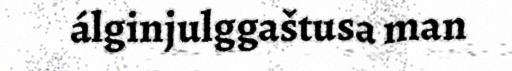
álginjulggaštusa man